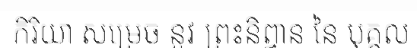
កិរិយា សម្រេច នូវ ព្រះនិព្វាន នៃ បុគ្គល